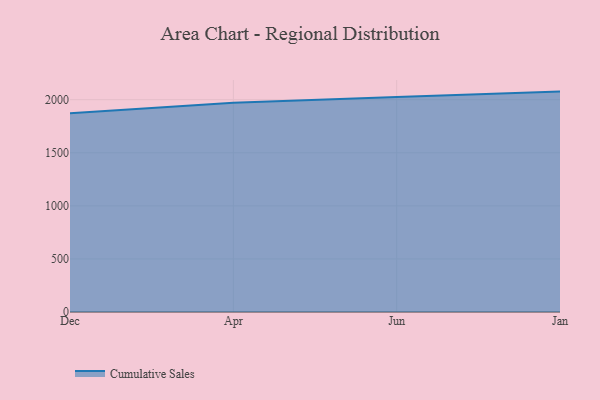
{"axis": {"x": "Month", "y": "Energy Usage (MWh)"}, "legend": ["Cumulative Sales"], "data": [{"x": "Dec", "y": 1871.2, "type": "Cumulative Sales"}, {"x": "Apr", "y": 1971.5, "type": "Cumulative Sales"}, {"x": "Jun", "y": 2025.7, "type": "Cumulative Sales"}, {"x": "Jan", "y": 2076.2, "type": "Cumulative Sales"}]}